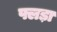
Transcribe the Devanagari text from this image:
फ्लड़ा